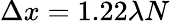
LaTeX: \Delta x=1.22\lambda N